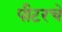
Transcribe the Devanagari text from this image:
पीटरचे